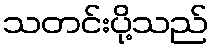
သတင်းပို့သည်